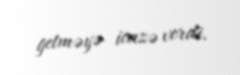
getməyə icazə verdi.